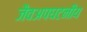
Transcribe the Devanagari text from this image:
जैवअपघटनीय